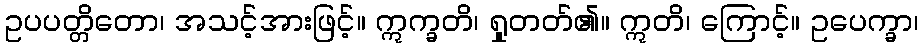
ဥပပတ္တိတော၊ အသင့်အားဖြင့်။ ဣက္ခတိ၊ ရှုတတ်၏။ ဣတိ၊ ကြောင့်။ ဥပေက္ခာ၊